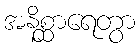
အနိစ္ဆာရေတွာ